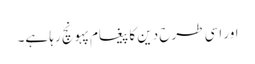
اور اسی طرح دین کا پیغام پہونچ رہا ہے۔